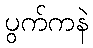
ပွက်ကနဲ